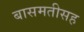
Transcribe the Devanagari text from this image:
बासमतीसह